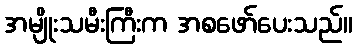
အမျိုးသမီးကြီးက အစဖော်ပေးသည်။